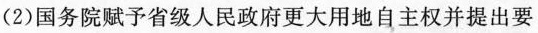
(2)国务院赋予省级人民政府更大用地自主权并提出要